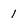
Character: 1